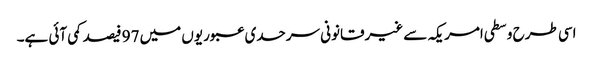
اسی طرح وسطی امریکہ سے غیرقانونی سرحدی عبوریوں میں 97 فیصد کمی آئی ہے۔